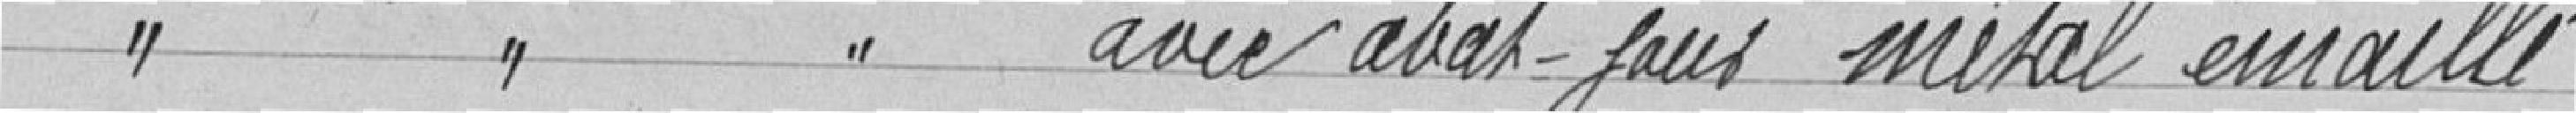
" " " avec abat-jour métal émaillé